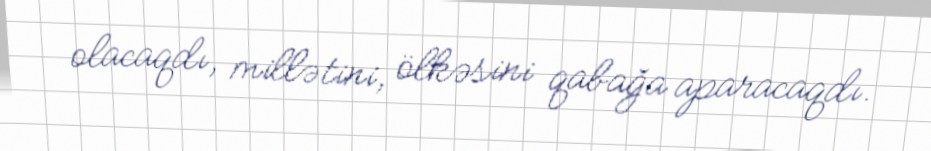
olacaqdı, millətini, ölkəsini qabağa aparacaqdı.